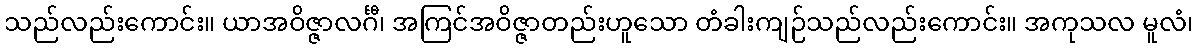
သည်လည်းကောင်း။ ယာအဝိဇ္ဇာလင်္ဂီ၊ အကြင်အဝိဇ္ဇာတည်းဟူသော တံခါးကျဉ်သည်လည်းကောင်း။ အကုသလ မူလံ၊